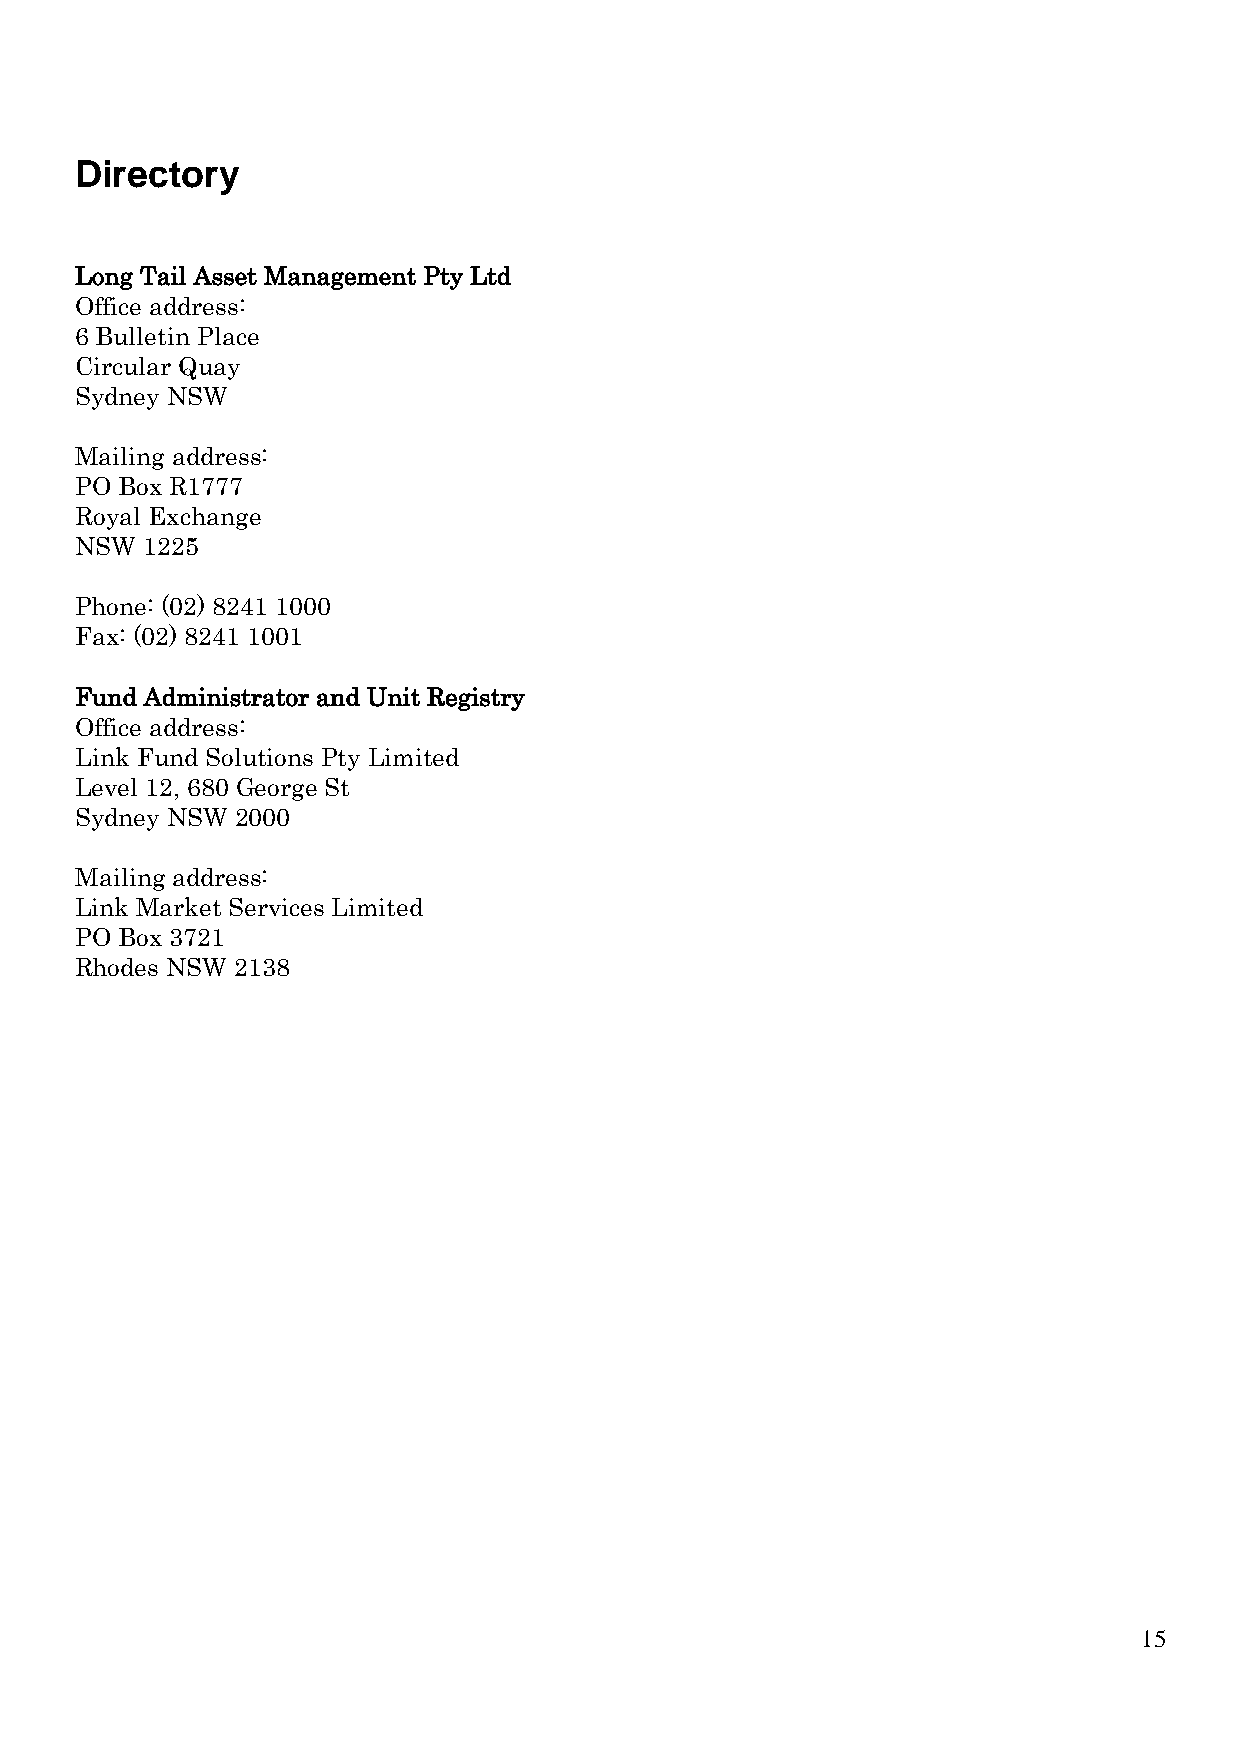
Directory
 Long Tail Asset Management Pty Ltd
 Office address:
 6 Bulletin Place
 Circular Quay
 Sydney NSW
 Mailing address:
 PO Box R1777
 Royal Exchange
 NSW 1225
 Phone: (02) 8241 1000
 Fax: (02) 8241 1001
 Fund Administrator and Unit Registry
 Office address:
 Link Fund Solutions Pty Limited
 Level 12, 680 George St
 Sydney NSW 2000
 Mailing address:
 Link Market Services Limited
 PO Box 3721
 Rhodes NSW 2138
 15